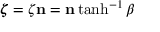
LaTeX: { \boldsymbol { \zeta } } = \zeta \mathbf { n } = \mathbf { n } \operatorname { t a n h } ^ { - 1 } \beta